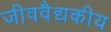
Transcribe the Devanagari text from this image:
जीववैद्यकीय